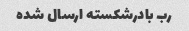
رب بادرشکسته ارسال شده